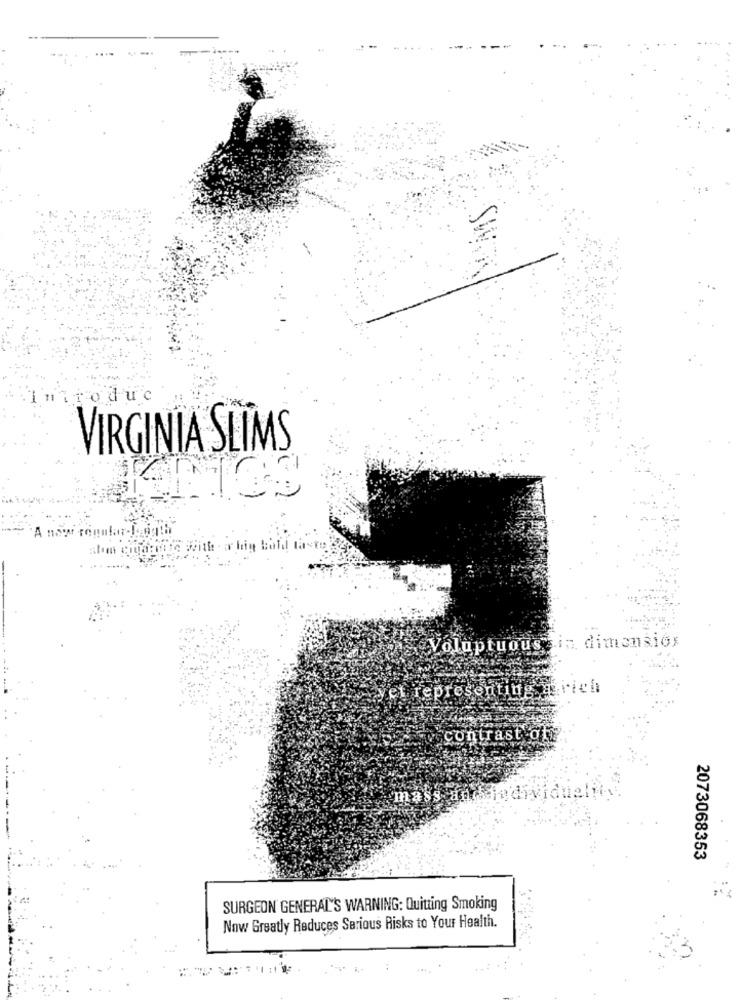
itod uc
VIRGINIA SLIMS
A :
big
Voluptuous in dimensior
nyel representing africh
Contrast of
mass
Individualit
2073068353
SURGEON GENERAL'S WARNING: Quitting Smoking
Now Greatly Reduces Serious Risks to Your Health.